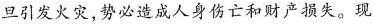
旦引发火灾，势必造成人身伤亡和财产损失。现